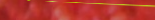
تأمين مستقبلك مع شركة الت